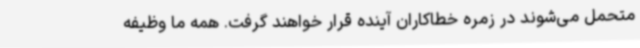
متحمل می‌شوند در زمره خطاکاران آینده قرار خواهند گرفت. همه ما وظیفه